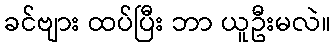
ခင်ဗျား ထပ်ပြီး ဘာ ယူဦးမလဲ။